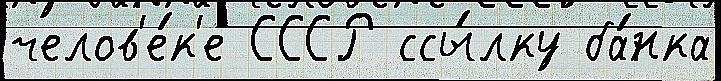
челов'е́к'е СССР ссы́лку ба́нка